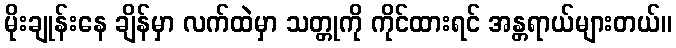
မိုးချုန်းနေ ချိန်မှာ လက်ထဲမှာ သတ္တုကို ကိုင်ထားရင် အန္တရာယ်များတယ်။